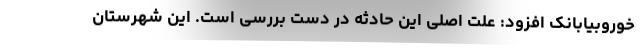
خوروبیابانک افزود: علت اصلی این حادثه در دست بررسی است. این شهرستان